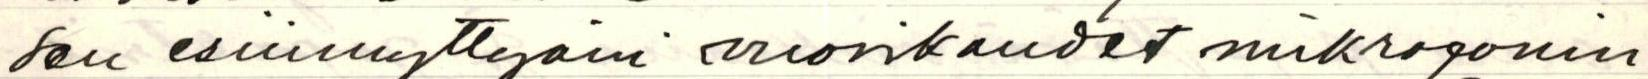
sen esiinnyttyäni vuosikaudet mikrofonin